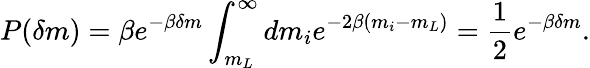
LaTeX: P(\delta m)=\beta e^{-\beta\delta m}\int_{m_{L}}^{\infty}dm_{i}e^{-2\beta(m_{i}-m_{L})}=\frac{1}{2}e^{-\beta\delta m}.